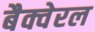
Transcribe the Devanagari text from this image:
बैक्वेरल